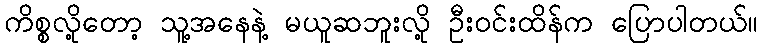
ကိစ္စလို့တော့ သူ့အနေနဲ့ မယူဆဘူးလို့ ဦးဝင်းထိန်က ပြောပါတယ်။